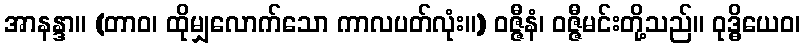
အာနန္ဒာ။ (တာဝ၊ ထိုမျှလောက်သော ကာလပတ်လုံး။) ဝဇ္ဇီနံ၊ ဝဇ္ဇီမင်းတို့သည်။ ဝုဒ္ဓိယေဝ၊